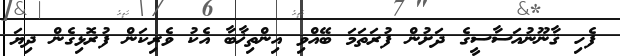
ފެހި ޤާނޫނުއަސާސީގެ ދަށުން ފުރަތަމަ ބޭއްވި އިންތިޚާބާ އެކު ވެރިކަން ފުރޮޅިގެން ދިޔަ